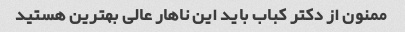
ممنون از دکتر کباب باید این ناهار عالی بهترین هستید